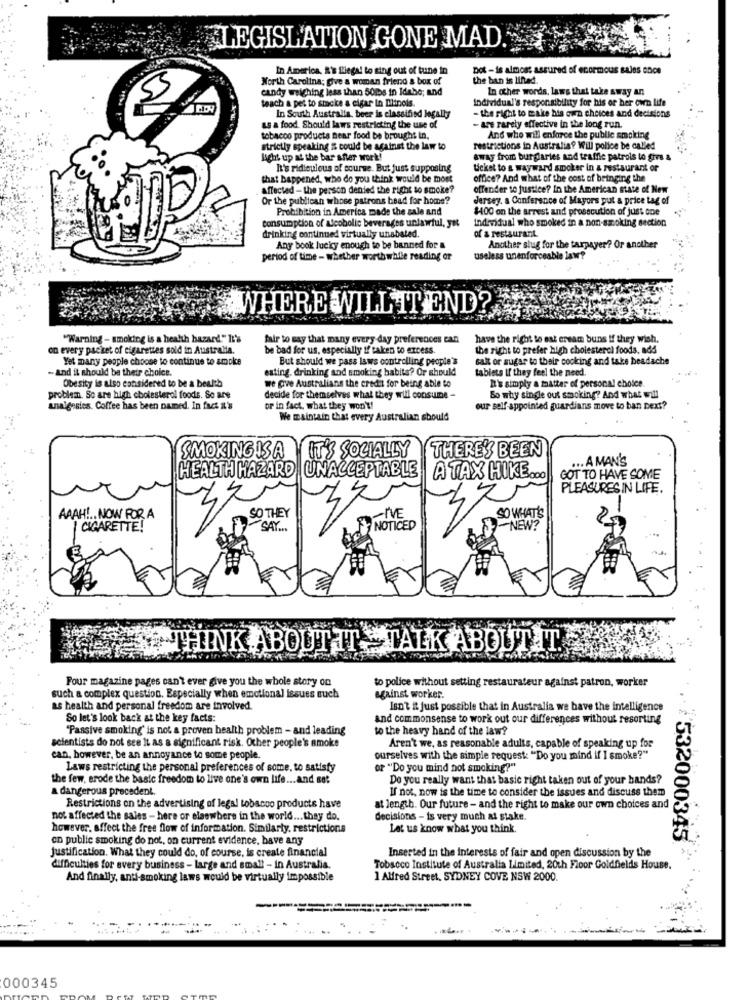
LEGISLATION GONE MAD
In America, &'s illegal to sing out of tune in
Dot- is almost assured of enormous sales once
North Carolina; give a woman friend & box of
the ban is linad.
candy weighing less than 50lbs in Idaho; and
In other words, laws that take away an
teach a pet to stacke a cigar in Ditnols.
Individual's responsibility for his or her own life
In South Australia, beer is classified legally
- the right to make his own choices and decisions
as a food. Should laws restricting the use of
- are rarely effective in the long run.
tobacco products near food be brought in.
And who will enforce the public smoking
strictly speaking # could be against the law to
restrictions in Australia? Will police be called
light up at the bar after work!
away from burglaries and traffic patrols to give a
It's ridiculous of course. But just supposing
ticket to a wayward smoker in & restaurant or
that happened, who do you think would be most
office? And what of the cost of bringing the
Affected - the person denied the right to smoke?
offender to justice? In the American state of New
Or the publican whose patrons head for home?
Jersey. a Conference of Mayors put a price tag of
Prohibition in America made the sale and
$400 on the arrest and prosecution of just one
consumption of Alcoholic beverages unlawful, yet
Individual who smoked in a non-smoking section
drinking continued virtually unabated.
of & restaurant
Any book lucky enough to be banned for a
Another slug for the tarpayer? Or another
period of time - whether worth while reading or
useless unenforceable law?
WHERE WILL ITEND?
"Warning - smoking is a health hazard." It's
fair to say that many every day preferences can
have the right to est cream buns if they wish.
on every packet of cigarettes sold in Australia.
be bad for us, especially if taken to excess.
the right to prefer high cholesterol foods, add
Yet many people choose to continue to smoke
But should we pass laws controlling people's
salt or sugar to their cooking and take headache
-And it should be their choice.
esting. drinking and smoking habits? Or should
tablets If they feel the need
we give Australians the credit for being able to
R' simply a matter of personal choice.
Obesity is also considered to be a bealth
problem. So are high cholesterol foods. So are
decide for themselves what they will consume -
So why single out smoking? And what will
unaigesies. Coffee has been named. In fact i's
or in fact, what they won't!
our self appointed guardians move to ban next?
We maintain that every Australian should
IT'S SOCIALLY
THERE'S BEEN
SMOKING ISA
... A MAN'S
HEALTH HAZARD UNACCEPTABLE
A TAX HIKE ...
GOT TO HAVE SOME
PLEASURES IN LIFE.
SO THEY
SO WHAT'S
AAAH !.. NOW FOR A
3%
FIVE
CIGARETTE!
SAY ...
NOTICED
-NEW ?
TALK ABOUTAT.
Four magazine pages can't ever give you the whole story on
to police without setting restaurateur against patron, worker
such a complex question. Especially when emotional issues such
against worker.
as health and personal freedom are involved.
Isn't i just possible that in Australia we have the intelligence
So let's look back at the key facts:
and commonsense to work out our differences without resorting
"Passive smoking' is not a proven health problem - and leading
to the heavy hand of the law?
scientists do not see It as a significant risk. Other people's smoke
Aren't we, as reasonable adults, capable of speaking up for
can, however, be an annoyance to some people.
ourselves with the simple request "Do you mind if I smoke?"
Laws restricting the personal preferences of some, to satisfy
or "Do you mind not smoking?"
the few, erode the basic freedom to live one's own life ... and set
Do you really want that basic right taken out of your hands?
a dangerous precedent.
If not, now is the time to consider the issues and discuss them
Restrictions on the advertising of legal tobacco products have
at length. Our future - and the right to make our own choices and
not affected the sales - here or elsewhere in the world ... they do.
decisions - is very much at stake.
however. affect the free flow of information. Similarly, restrictions
Let us know what you think.
en public smoking do not, on current evidence, have any
532000345
Justification. What they could do, of course, is create financial
Inserted in the interests of fair and open discussion by the
difficulties for every business - large and small - in Australia.
Tobacco Institute of Australia Limited, 20th Floor Goldfields House.
And finally, anti-smoking laws would be virtually impossible
1 Alfred Street, SYDNEY COVE NSW 2000.
000345